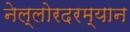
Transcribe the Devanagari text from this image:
नेल्लोरदरम्यान